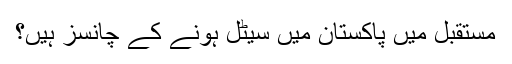
مستقبل میں پاکستان میں سیٹل ہونے کے چانسز ہیں؟